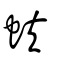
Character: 蚨